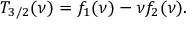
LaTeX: T _ { 3 / 2 } ( \nu ) = f _ { 1 } ( \nu ) - { \nu } f _ { 2 } ( \nu ) .